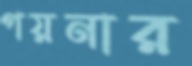
গয়নার